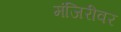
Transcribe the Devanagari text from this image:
मंजिरीवर